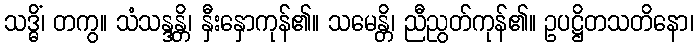
သဒ္ဓိံ၊ တကွ။ သံသန္ဒန္တိ၊ နှီးနှောကုန်၏။ သမေန္တိ၊ ညီညွတ်ကုန်၏။ ဥပဋ္ဌိတသတိနော၊